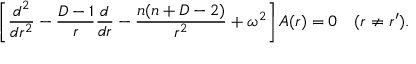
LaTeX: \left[ { \frac { d ^ { 2 } } { d r ^ { 2 } } } - { \frac { D - 1 } { r } } { \frac { d } { d r } } - { \frac { n ( n + D - 2 ) } { r ^ { 2 } } } + \omega ^ { 2 } \right] A ( r ) = 0 \quad ( r \neq r ^ { \prime } ) .